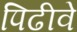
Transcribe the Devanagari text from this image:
पिढीवे